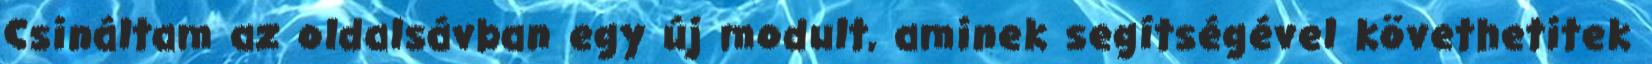
Csináltam az oldalsávban egy új modult, aminek segítségével követhetitek